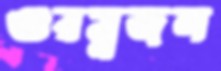
গুরম্নজল